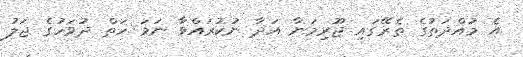
އެ މުއްދަތުގެ ތެރޭގައި ޖޫރިމަނާ އަދާ ނުކުރައްވާ ނަމަ ހަތް ދުވަހުގެ ޖަލު